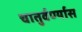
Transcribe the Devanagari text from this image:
चातुर्वर्ण्यास